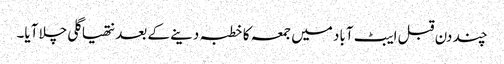
چند دن قبل ایبٹ آباد میں جمعہ کا خطبہ دینے کے بعد نتھیا گلی چلا آیا۔